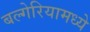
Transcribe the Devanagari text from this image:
बल्गेरियामध्ये